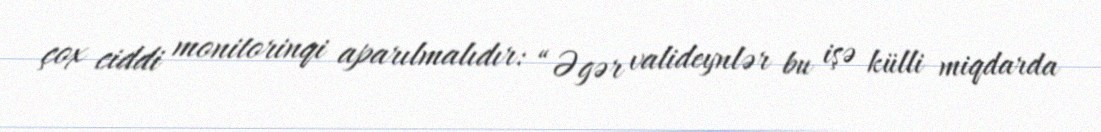
çox ciddi monitorinqi aparılmalıdır: “Əgər valideynlər bu işə külli miqdarda